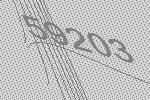
59203